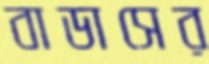
বাডাসের